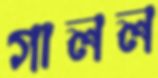
গালল